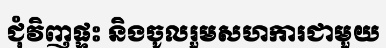
ជុំវិញផ្ទះ និងចូលរួមសហការជាមួយ